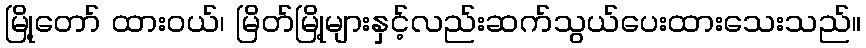
မြို့တော် ထားဝယ်၊ မြိတ်မြို့များနှင့်လည်းဆက်သွယ်ပေးထားသေးသည်။